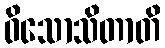
ဝိသောသိတာတိ